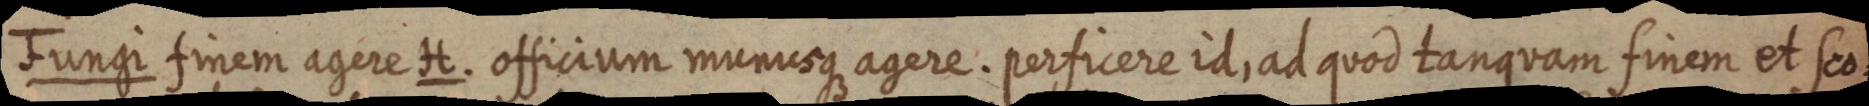
Fungi finem agere H. officium munusque agere. perficere id, ad quod tanquam finem et sco